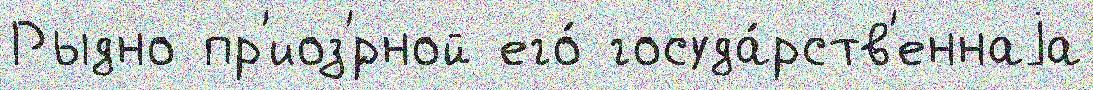
Рыдно пр'иоз'́рной его́ госуда́рств'еннаjа